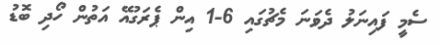
ސެމީ ފައިނަލު ދެވަނަ މެޗުގައި 6-1 އިން ޕެރަގުއޭ އަތުން ހޯދި ބޮޑު